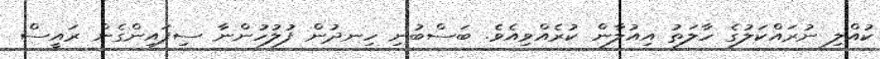
ކުއްލި ނުރައްކަލުގެ ހާލަތު އިއުލާން ކުރެއްވިއެވެ. ބަސްބުނި ހިނދުން ފުލުހުންނާ ސިފައިންގެން ރައީސް